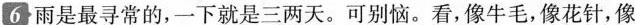
6雨是最寻常的,一下就是三两天。可别恼。看,像牛毛,像花针,像